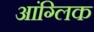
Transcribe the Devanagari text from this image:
आंग्लिक